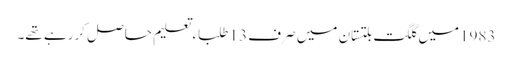
1983میں گلگت بلتستان میں صرف 13 طلباء تعلیم حاصل کررہے تھے۔